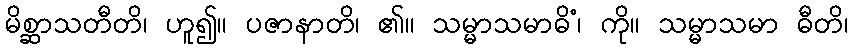
မိစ္ဆာသတီတိ၊ ဟူ၍။ ပဇာနာတိ၊ ၏။ သမ္မာသမာဓိံ၊ ကို။ သမ္မာသမာ ဓီတိ၊